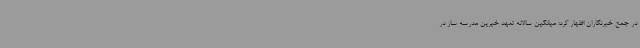
در جمع خبرنگاران اظهار کرد: میانگین سالانه تعهد خیرین مدرسه‌ ساز در